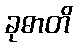
ခုဓာတိ